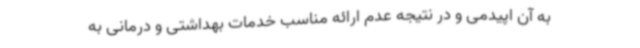
به آن اپیدمی و در نتیجه عدم ارائه مناسب خدمات بهداشتی و درمانی به